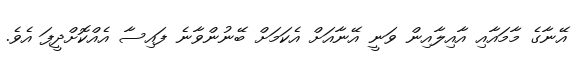
އޭނާގެ މާމައާއި އާއިލާއިން ވަނީ އޭނާއަށް އެކަމަށް ބޭނުންވާނެ ފައިސާ އެއްކޮށްދީފަ އެވެ.